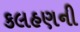
કલહણની